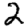
Digit: 2